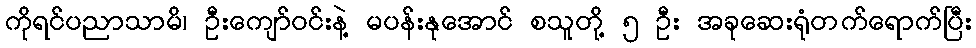
ကိုရင်ပညာသာမိ၊ ဦးကျော်ဝင်းနဲ့ မပန်းနုအောင် စသူတို့ ၅ ဦး အခုဆေးရုံတက်ရောက်ပြီး